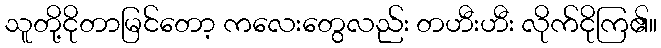
သူတို့ငိုတာမြင်တော့ ကလေးတွေလည်း တဟီးဟီး လိုက်ငိုကြ၏။